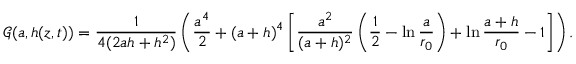
\mathcal { G } ( a , h ( z , t ) ) = \frac { 1 } { 4 ( 2 a h + h ^ { 2 } ) } \left( \frac { a ^ { 4 } } { 2 } + ( a + h ) ^ { 4 } \left[ \frac { a ^ { 2 } } { ( a + h ) ^ { 2 } } \left( \frac { 1 } { 2 } - \ln \frac { a } { r _ { 0 } } \right) + \ln \frac { a + h } { r _ { 0 } } - 1 \right] \right) .